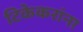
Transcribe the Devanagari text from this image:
टिकेकरांना